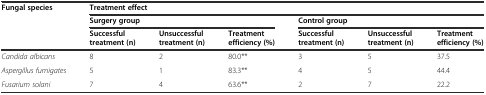
<table><thead><tr><td rowspan="2"><b>Fungal species</b></td><td colspan="6"><b>Treatment effect</b></td></tr><tr><td colspan="3"><b>Surgery group</b></td><td colspan="3"><b>Control group</b></td></tr><tr><td>[EMPTY_CELL]</td><td><b>Successful treatment (n)</b></td><td><b>Unsuccessful treatment (n)</b></td><td><b>Treatment efficiency (%)</b></td><td><b>Successful treatment (n)</b></td><td><b>Unsuccessful treatment (n)</b></td><td><b>Treatment efficiency (%)</b></td></tr></thead><tbody><tr><td><i>Candida albicans</i></td><td>8</td><td>2</td><td>80.0**</td><td>3</td><td>5</td><td>37.5</td></tr><tr><td><i>Aspergillus fumigates</i></td><td>5</td><td>1</td><td>83.3**</td><td>4</td><td>5</td><td>44.4</td></tr><tr><td><i>Fusarium solani</i></td><td>7</td><td>4</td><td>63.6**</td><td>2</td><td>7</td><td>22.2</td></tr></tbody></table>